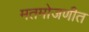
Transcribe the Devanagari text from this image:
मतमोजणीत